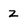
Character: Z